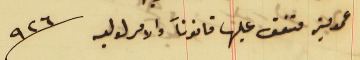
عمومية متفق عليها قانوناً والامر لوليه